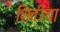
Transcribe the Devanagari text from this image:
शितीचा